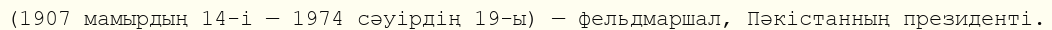
(1907 мамырдың 14-і — 1974 сәуірдің 19-ы) — фельдмаршал, Пәкістанның президенті.